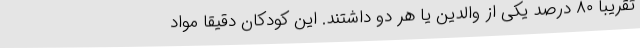
تقریبا ۸۰ درصد یکی از والدین یا هر دو داشتند. این کودکان دقیقا مواد